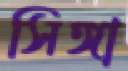
সিঙ্গা